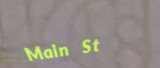
Main St